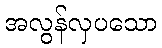
အလွန်လှပသော